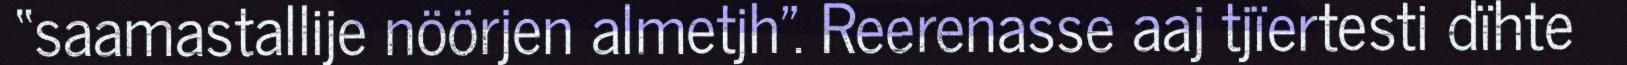
“saamastallije nöörjen almetjh". Reerenasse aaj tjïertesti dïhte